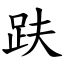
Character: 趺